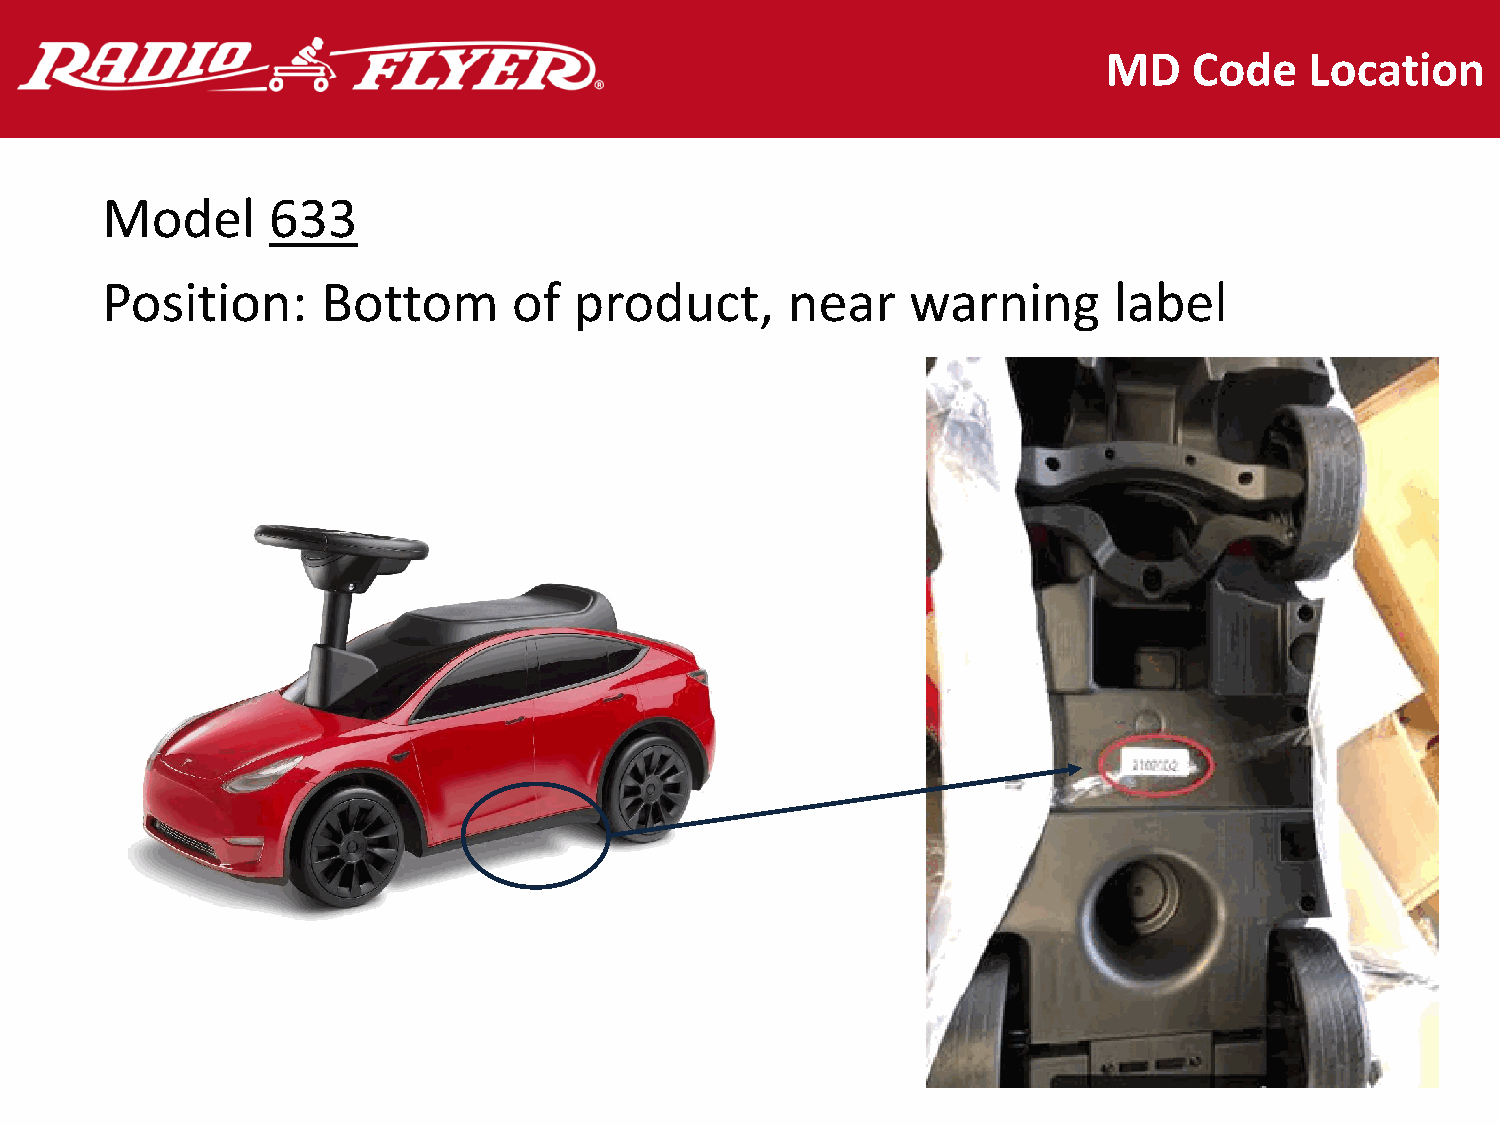
MD    Code    Location
 Model      633
 Position:     Bottom       of  product,      near    warning       label